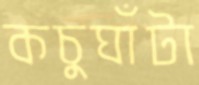
কচুঘাঁটা